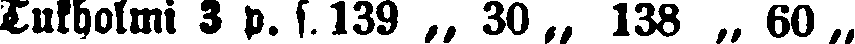
Tukholmi 3 p. s. 139 „ 30 „ 138 „ 60 „